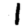
Digit: 1